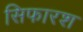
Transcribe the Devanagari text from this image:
सिफारश